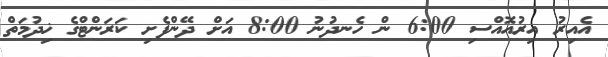
އެއިރު އިރުއޮއްސި 6:00 ން ހެނދުނު 8:00 އަށް ދޭންފެށި ކަރަންޓްގެ ޚިދުމަތް